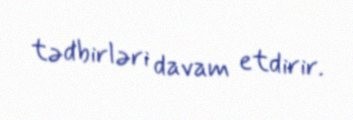
tədbirləri davam etdirir.